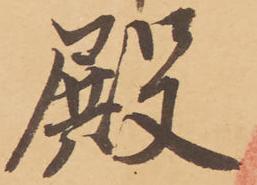
殿